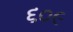
૬૦૯